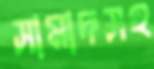
সামাদসহ